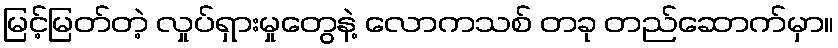
မြင့်မြတ်တဲ့ လှုပ်ရှားမှုတွေနဲ့ လောကသစ် တခု တည်ဆောက်မှာ။